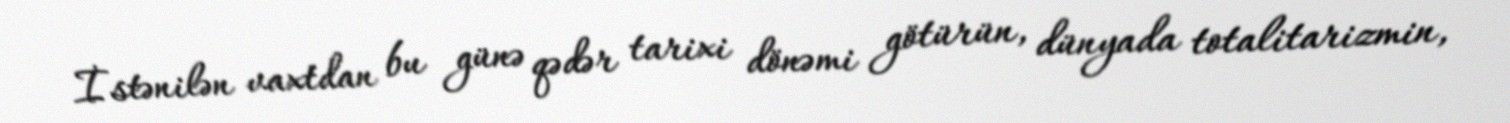
İstənilən vaxtdan bu günə qədər tarixi dönəmi götürün, dünyada totalitarizmin,